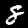
Digit: 8